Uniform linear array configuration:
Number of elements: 8
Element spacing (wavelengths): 0.25
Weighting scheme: exponential
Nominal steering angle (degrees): -30
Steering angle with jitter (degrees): -28.501
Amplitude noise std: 0.05
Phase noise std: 0.05

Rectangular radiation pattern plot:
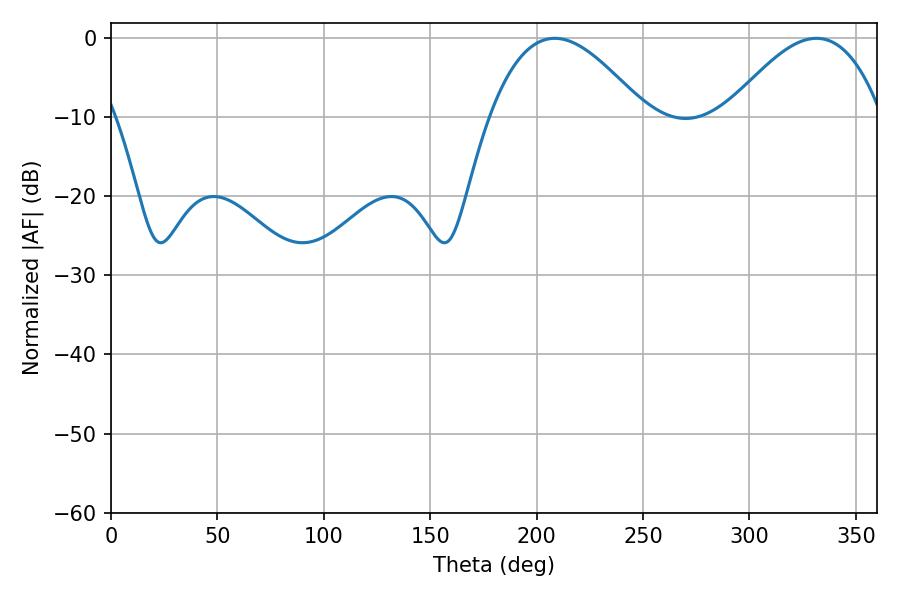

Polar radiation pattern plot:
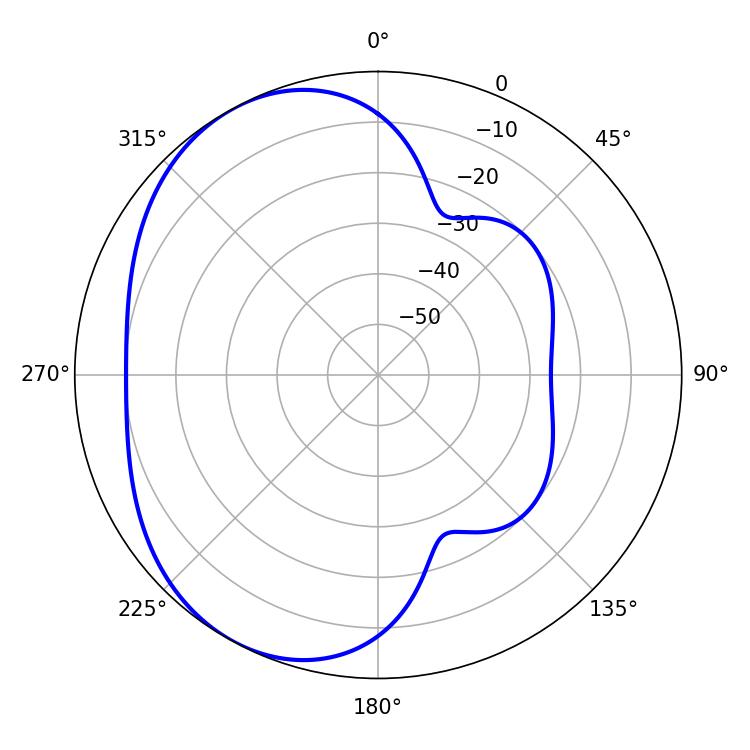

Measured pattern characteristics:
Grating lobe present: FALSE
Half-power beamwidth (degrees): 39.78
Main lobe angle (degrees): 208.44